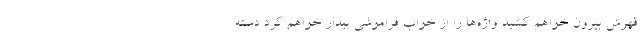
قهرش بیرون خواهم کشید واژه‌ها را از خواب فراموشی بیدار خواهم کرد دسته